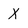
Character: X